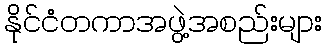
နိုင်ငံတကာအဖွဲ့အစည်းများ